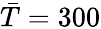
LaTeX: \bar{T}=300